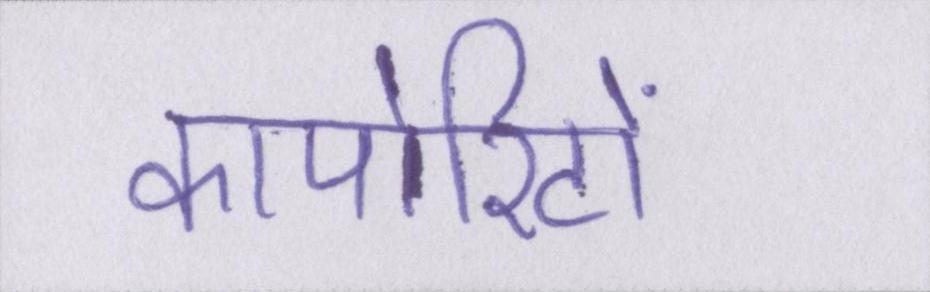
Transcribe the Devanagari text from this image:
कार्पोरेटों